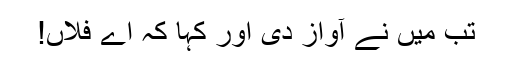
تب میں نے آواز دی اور کہا کہ اے فلاں!